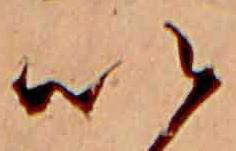
い